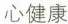
心健康